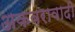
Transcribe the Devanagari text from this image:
अकबरावादी